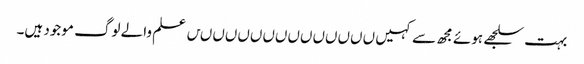
بہت سلجھے ہوئے مجھ سے کہیں ںںںںںںںںںںںںںںں علم والے لوگ موجود ہیں۔